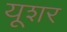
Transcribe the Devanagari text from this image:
यूशर